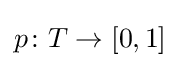
p\colon T\to [0,1]